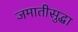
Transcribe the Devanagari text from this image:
जमातीसुद्धा